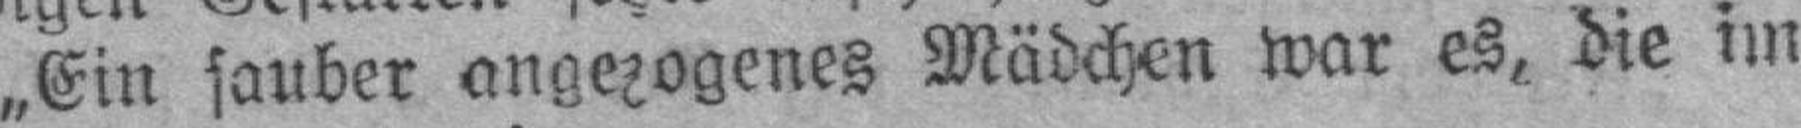
„Ein sauber angezogenes Mädchen war es, die im